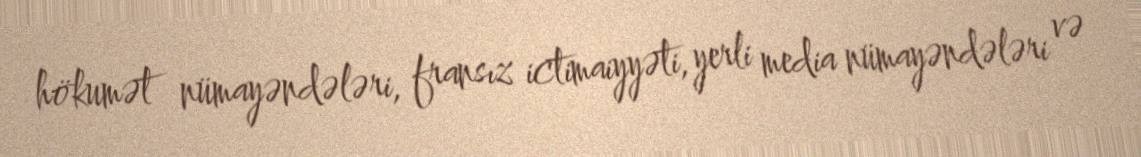
hökumət nümayəndələri, fransız ictimaiyyəti, yerli media nümayəndələri və